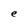
Character: e